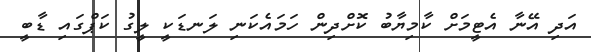
އަދި އޭނާ އެޓީމަށް ކާމިޔާބު ކޮށްދިން ހަމައެކަނި ލަނޑަކީ ލީގު ކަޕްގައި ޑާބީ